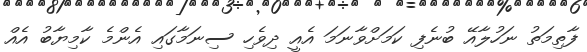
ފާތިމަތު ނަހުލާއޭ ބުނެފި ކަމަށްވާނަމަ އެއީ ދިވެހި ސިނަމާގައި އެންމެ ކާމިޔާބު އެއް